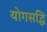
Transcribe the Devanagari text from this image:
योगसद्धि